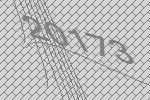
20173